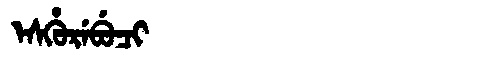
Manchu: ᡝᠰᡥᡠᡵᡝᠪᡠᠴᡳ
Romanization: ESHUREBUCI